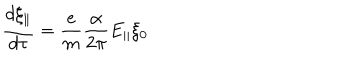
LaTeX: \frac { d \xi _ { \parallel } } { d \tau } = \frac { e } { m } \frac { \alpha } { 2 \pi } E _ { \parallel } \xi _ { 0 }